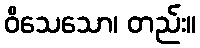
ဝိသေသော၊ တည်း။